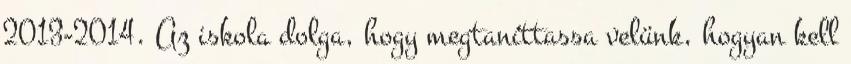
2013-2014. Az iskola dolga, hogy megtaníttassa velünk, hogyan kell